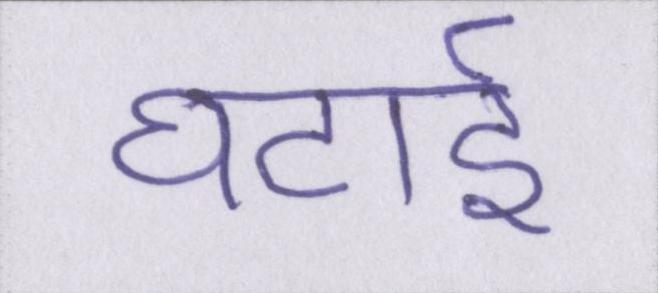
घटाई